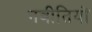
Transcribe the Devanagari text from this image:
नबीतियों